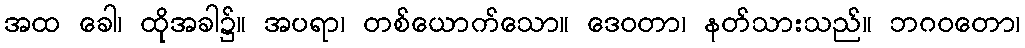
အထ ခေါ၊ ထိုအခါ၌။ အပရာ၊ တစ်ယောက်သော။ ဒေဝတာ၊ နတ်သားသည်။ ဘဂဝတော၊